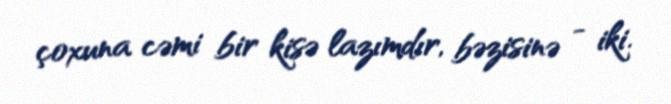
çoxuna cəmi bir kisə lazımdır, bəzisinə - iki.